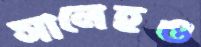
সালেহও